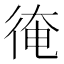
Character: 𢔂